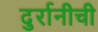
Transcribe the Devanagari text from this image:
दुर्रानीची